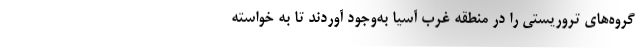
‌گروه‌های تروریستی را در منطقه غرب آسیا به‌وجود آوردند تا به خواسته